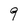
Character: 9